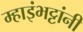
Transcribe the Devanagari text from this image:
म्हाइंभट्टांनी